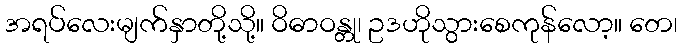
အရပ်လေးမျက်နှာတို့သို့။ ဝိဓာဝန္တု၊ ဥဒဟိုသွားစေကုန်လော့။ တေ၊